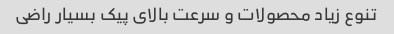
تنوع زیاد محصولات و سرعت بالای پیک بسیار راضی